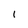
Character: 1